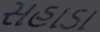
સહાડા